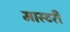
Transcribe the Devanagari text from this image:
मास्‍टरी